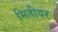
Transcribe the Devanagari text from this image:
मितीवर